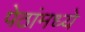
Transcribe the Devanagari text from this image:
पेठांमध्ये